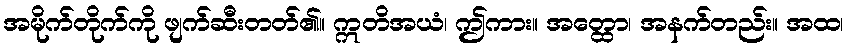
အမိုက်တိုက်ကို ဖျက်ဆီးတတ်၏။ ဣတိအယံ၊ ဤကား။ အတ္ထော၊ အနက်တည်း။ အထ၊